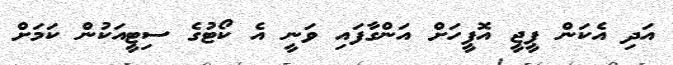
އަދި އެކަން ޕީޖީ އޮފީހަށް އަންގާފައި ވަނީ އެ ކޯޓުގެ ސިޓީއަކުން ކަމަށް